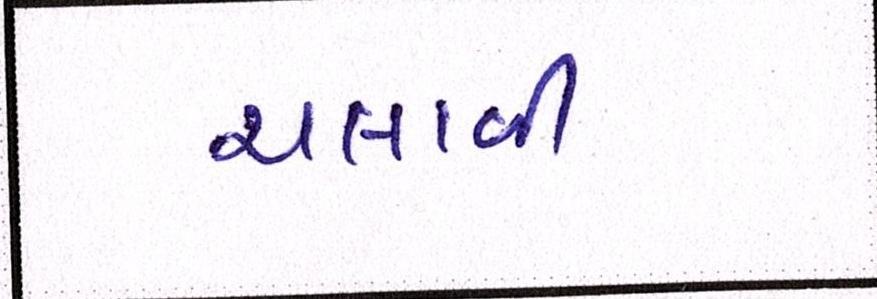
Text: ચલાવી